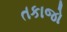
તકાજો